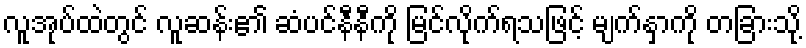
လူအုပ်ထဲတွင် လူဆန်း၏ ဆံပင်နီနီကို မြင်လိုက်ရသဖြင့် မျက်နှာကို တခြားသို့